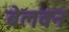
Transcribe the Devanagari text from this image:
बेलवन